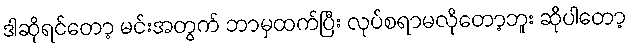
ဒါဆိုရင်တော့ မင်းအတွက် ဘာမှထက်ပြီး လုပ်စရာမလိုတော့ဘူး ဆိုပါတော့